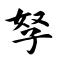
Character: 孥